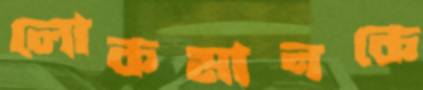
লোকমানকে